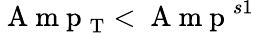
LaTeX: \mathrm{~A~m~p~}_{\mathrm{T}}<\mathrm{~A~m~p~}^{s1}